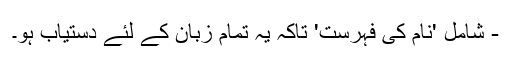
- شامل 'نام کی فہرست' تاکہ یہ تمام زبان کے لئے دستیاب ہو۔